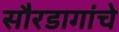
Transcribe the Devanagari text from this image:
सौरडागांचे